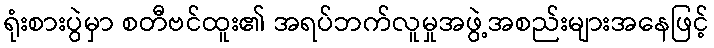
ရုံးစားပွဲမှာ စတီဗင်ထူး၏ အရပ်ဘက်လူမှုအဖွဲ့အစည်းများအနေဖြင့်